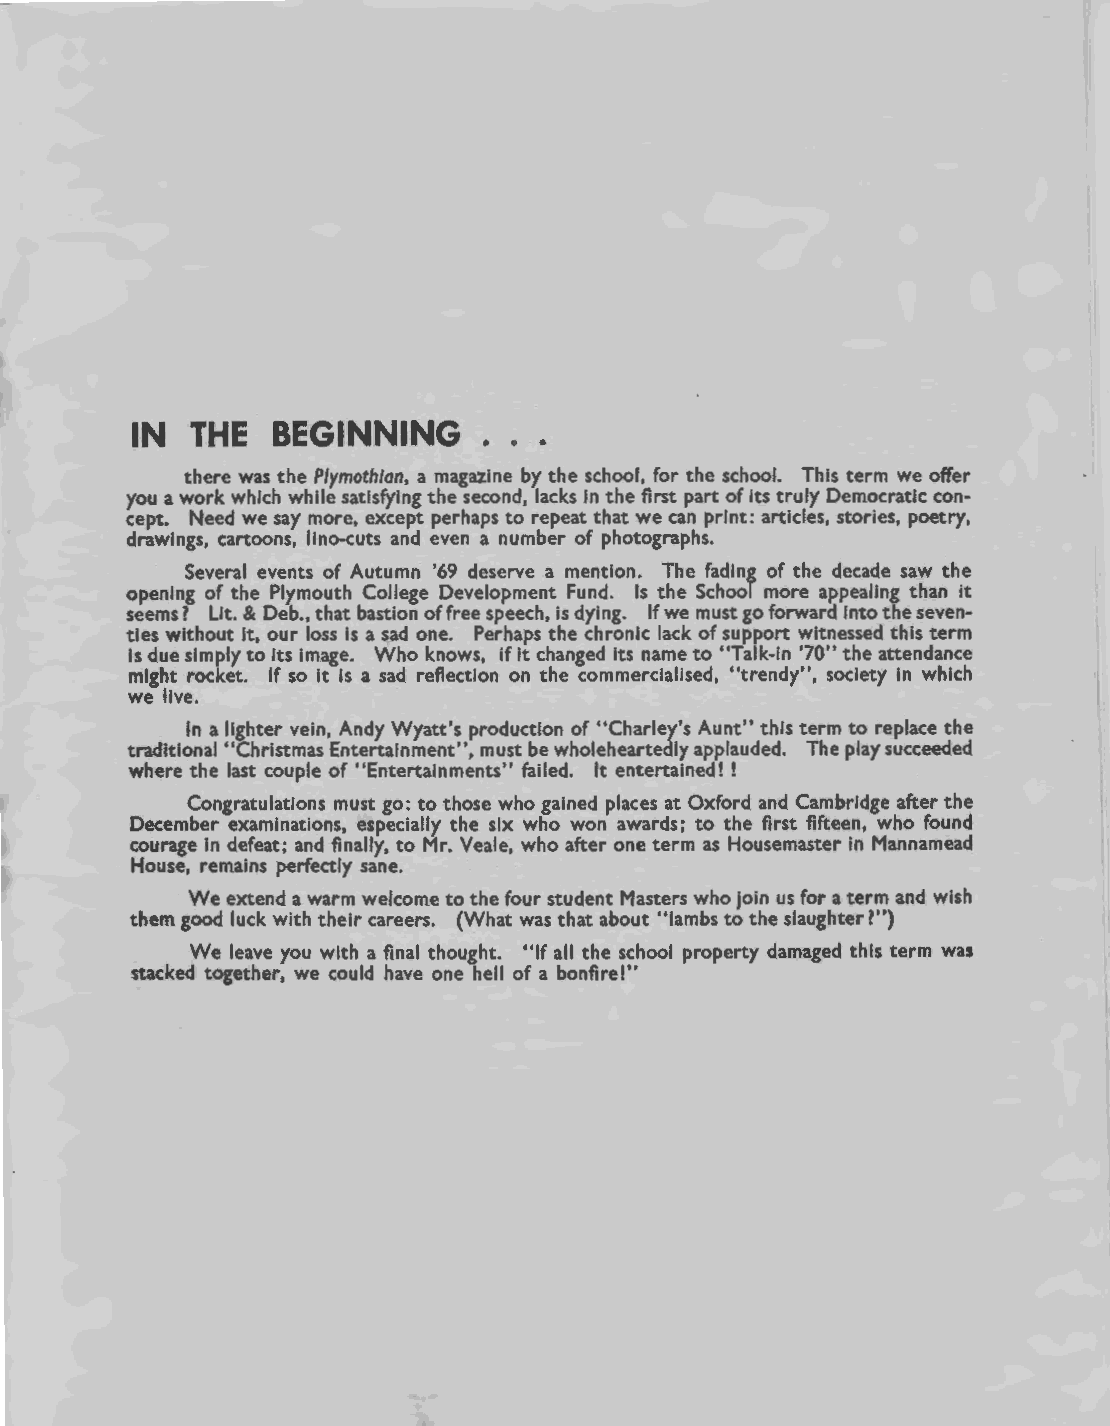
IN  THE  BEGINNING     . . .
 there was the Plymothian, a magazine by the school, for the school. This term we offer
 you a work which while satisfying the second, lacks in the first part of its truly Democratic con
 cept. Need we say more, except perhaps to repeat that we can print: articles, stories, poetry,
 drawings, cartoons, lino-cuts and even a number of photographs.
 Several events of Autumn '69 deserve a mention. The fading of the decade saw the
 opening of the Plymouth College Development Fund. Is the School more appealing than it
 seems? Lit. & Deb., that bastion of free speech, is dying. If we must go forward into the seven
 ties without it, our loss is a sad one. Perhaps the chronic lack of support witnessed this term
 Is due simply to Its Image. Who knows, if it changed its name to "Talk-in '70" the attendance
 might rocket. If so it is a sad reflection on the commercialised, "trendy", society in which
 we live.
 In a lighter vein, Andy Wyatt's production of "Charley's Aunt" this term to replace the
 traditional "Christmas Entertainment", must be wholeheartedly applauded. The play succeeded
 where the last couple of "Entertainments" failed. It entertained! !
 Congratulations must go: to those who gained places at Oxford and Cambridge after the
 December examinations, especially the six who won awards; to the first fifteen, who found
 courage in defeat; and finally, to Mr. Veale, who after one term as Housemaster in Mannamead
 House, remains perfectly sane.
 We extend a warm welcome to the four student Masters who join us for a term and wish
 them good luck with their careers. (What was that about "lambs to the slaughter?")
 We leave you with a final thought. "If all the school property damaged this term was
 stacked together, we could have one hell of a bonfire!"